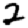
Digit: 2